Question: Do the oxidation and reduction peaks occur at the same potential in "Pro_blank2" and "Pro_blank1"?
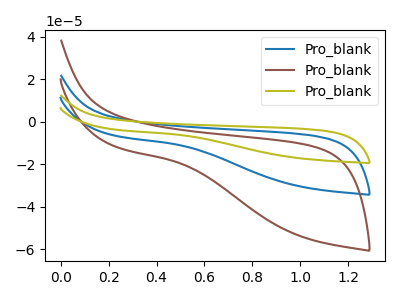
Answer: <think>The blue curve "Pro_blank1" has no peaks. The brown curve "Pro_blank2" has no peaks. The olive curve "Pro_blank3" has no peaks.</think>
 <answer>Niether CV has any peaks.</answer>
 <eval>blanks</eval>